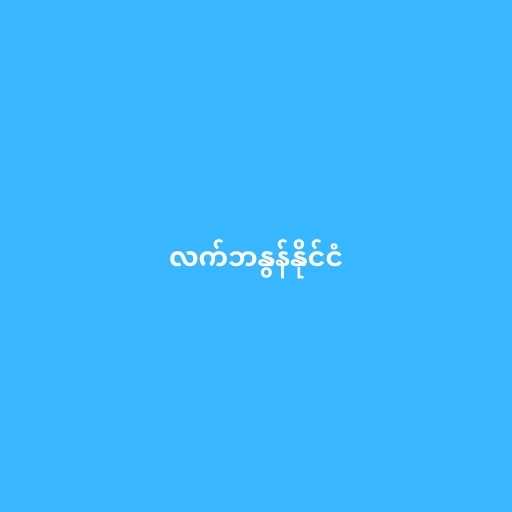
လက်ဘနွန်နိုင်ငံ